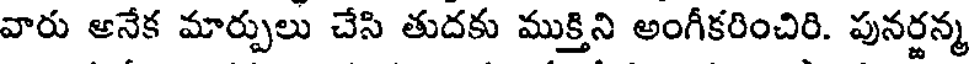
వారు ఆనేక మార్పులు చేసి తుదకు ముక్తిని అంగీకరించిరి. పునర్జన్మ